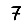
Digit: 7